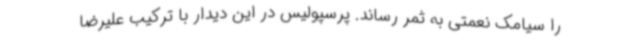
را سیامک نعمتی به ثمر رساند. پرسپولیس در این دیدار با ترکیب علیرضا